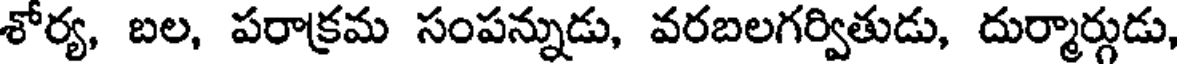
శోర్య, బల, పరాక్రమ సంపన్నుడు, వరబలగర్వితుడు, దుర్మార్గుడు,